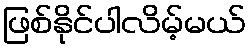
ဖြစ်နိုင်ပါလိမ့်မယ်